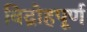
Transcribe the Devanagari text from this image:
विद्रोहपूर्ण